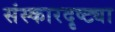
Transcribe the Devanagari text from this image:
संस्कारदृष्ट्या